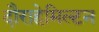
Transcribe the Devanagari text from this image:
दौराहेमिल्टन